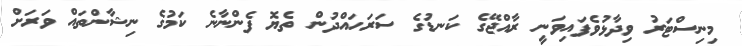
މިނިސްޓަރު ވިދާޅުވެފައިވަނީ ރާއްޖޭގެ ކަނޑުގެ ސަރަހައްދުން ތެޔޮ ފެންނާނެ ކަމުގެ ނިޝާންތައް ވަރަށް